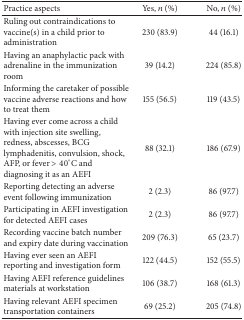
| Practice aspects | Yes, n (%) | No, n (%) |
 | --- | --- | --- |
 | Ruling out contraindications to vaccine(s) in a child prior to administration | 230 (83.9) | 44 (16.1) |
 | Having an anaphylactic pack with adrenaline in the immunization room | 39 (14.2) | 224 (85.8) |
 | Informing the caretaker of possible vaccine adverse reactions and how to treat them | 155 (56.5) | 119 (43.5) |
 | Having ever come across a child with injection site swelling, redness, abscesses, BCG lymphadenitis, convulsion, shock, AFP, or fever > 40°C and diagnosing it as an AEFI | 88 (32.1) | 186 (67.9) |
 | Reporting detecting an adverse event following immunization | 2 (2.3) | 86 (97.7) |
 | Participating in AEFI investigation for detected AEFI cases | 2 (2.3) | 86 (97.7) |
 | Recording vaccine batch number and expiry date during vaccination | 209 (76.3) | 65 (23.7) |
 | Having ever seen an AEFI reporting and investigation form | 122 (44.5) | 152 (55.5) |
 | Having AEFI reference guidelines materials at workstation | 106 (38.7) | 168 (61.3) |
 | Having relevant AEFI specimen transportation containers | 69 (25.2) | 205 (74.8) |